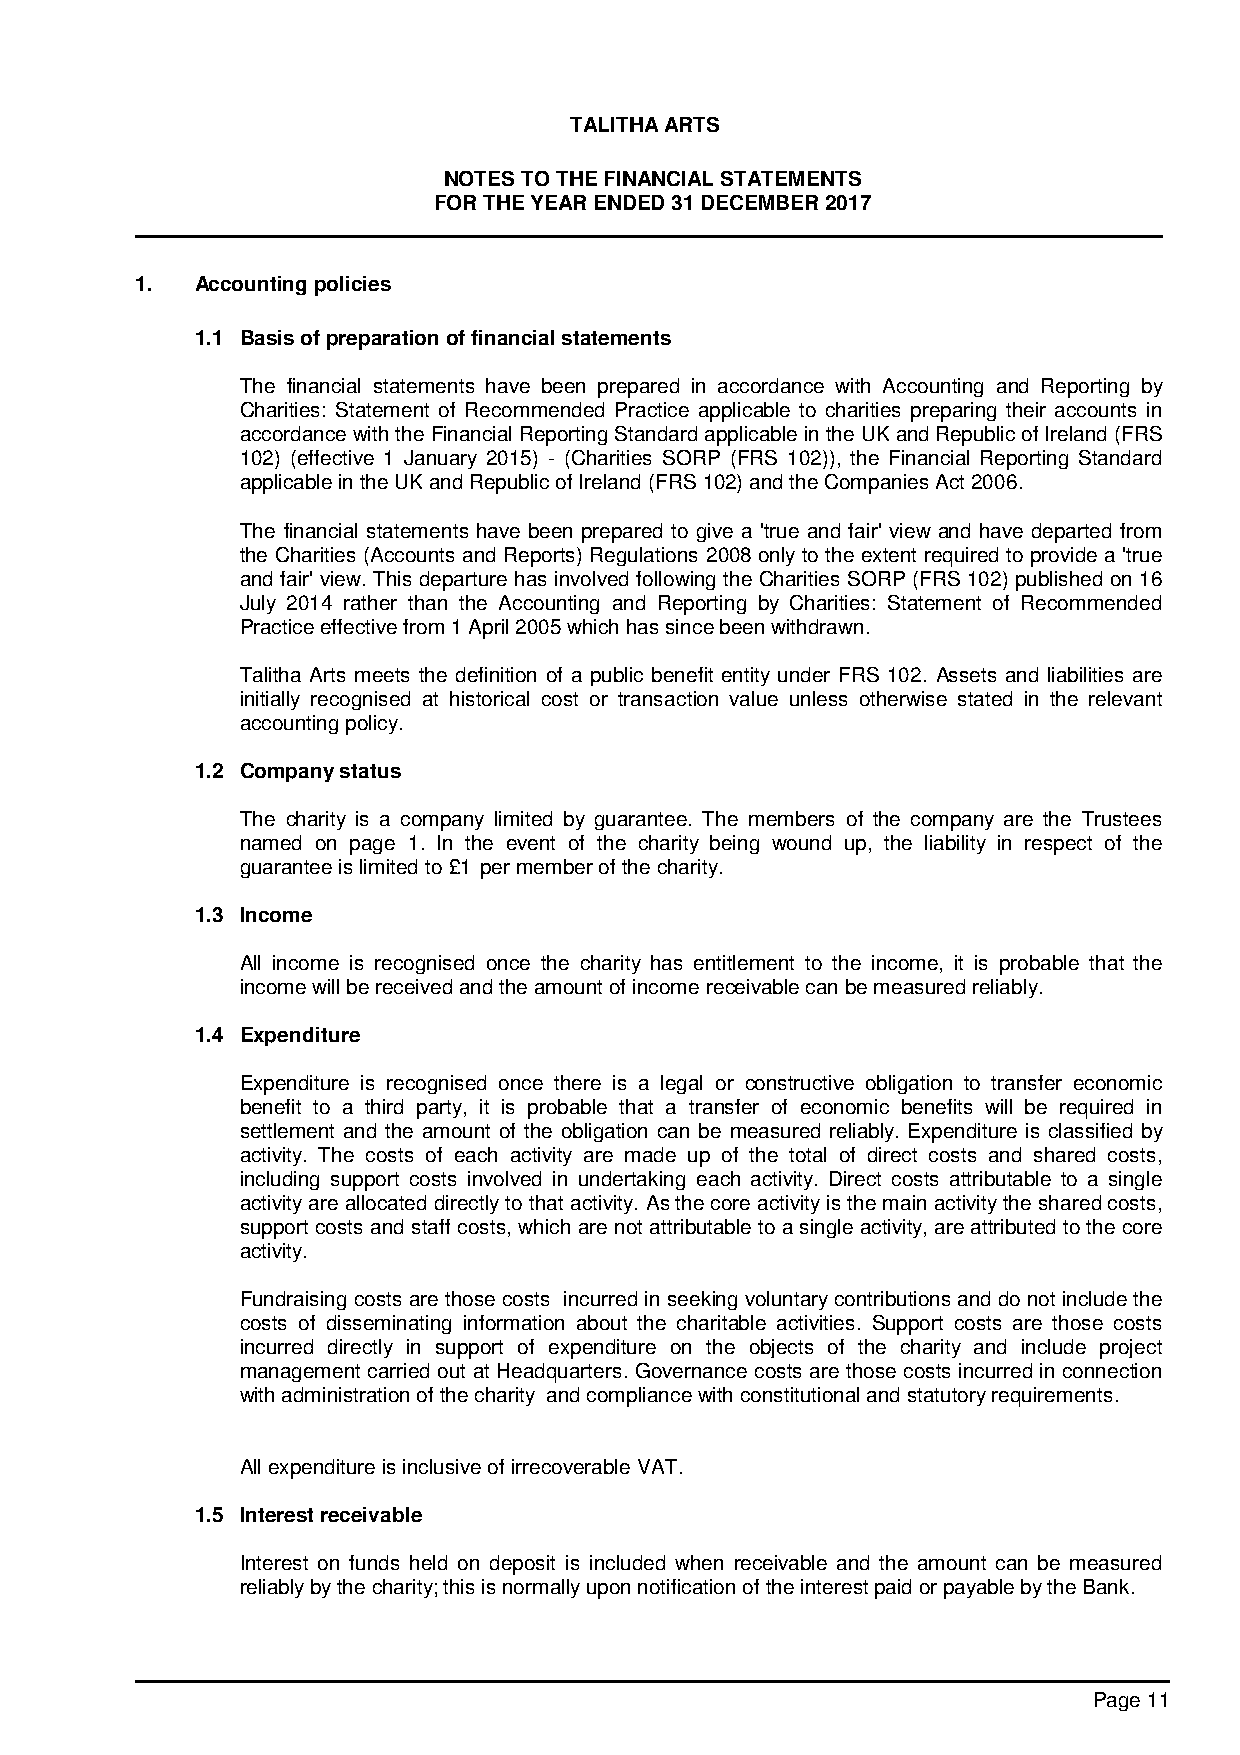
TALITHA ARTS
 NOTES TO THE FINANCIAL STATEMENTS
 FOR THE YEAR ENDED 31 DECEMBER 2017
 1.  Accounting policies
 1.1 Basis of preparation of financial statements
 The financial statements have been prepared in accordance with Accounting and Reporting by
 Charities: Statement of Recommended Practice applicable to charities preparing their accounts in
 accordance with the Financial Reporting Standard applicable in the UK and Republic of Ireland (FRS
 102) (effective 1 January 2015) - (Charities SORP (FRS 102)), the Financial Reporting Standard
 applicable in the UK and Republic of Ireland (FRS 102) and the Companies Act 2006.
 The financial statements have been prepared to give a 'true and fair' view and have departed from
 the Charities (Accounts and Reports) Regulations 2008 only to the extent required to provide a 'true
 and fair' view. This departure has involved following the Charities SORP (FRS 102) published on 16
 July 2014 rather than the Accounting and Reporting by Charities: Statement of Recommended
 Practice effective from 1 April 2005 which has since been withdrawn.
 Talitha Arts meets the definition of a public benefit entity under FRS 102. Assets and liabilities are
 initially recognised at historical cost or transaction value unless otherwise stated in the relevant
 accounting policy.
 1.2 Company status
 The charity is a company limited by guarantee. The members of the company are the Trustees
 named on page 1. In the event of the charity being wound up, the liability in respect of the
 guarantee is limited to £1 per member of the charity.
 1.3 Income
 All income is recognised once the charity has entitlement to the income, it is probable that the
 income will be received and the amount of income receivable can be measured reliably.
 1.4 Expenditure
 Expenditure is recognised once there is a legal or constructive obligation to transfer economic
 benefit to a third party, it is probable that a transfer of economic benefits will be required in
 settlement and the amount of the obligation can be measured reliably. Expenditure is classified by
 activity. The costs of each activity are made up of the total of direct costs and shared costs,
 including support costs involved in undertaking each activity. Direct costs attributable to a single
 activity are allocated directly to that activity. As the core activity is the main activity the shared costs,
 support costs and staff costs, which are not attributable to a single activity, are attributed to the core
 activity.
 Fundraising costs are those costs incurred in seeking voluntary contributions and do not include the
 costs of disseminating information about the charitable activities. Support costs are those costs
 incurred directly in support of expenditure on the objects of the charity and include project
 management carried out at Headquarters. Governance costs are those costs incurred in connection
 with administration of the charity and compliance with constitutional and statutory requirements.
 All expenditure is inclusive of irrecoverable VAT.
 1.5 Interest receivable
 Interest on funds held on deposit is included when receivable and the amount can be measured
 reliably by the charity; this is normally upon notification of the interest paid or payable by the Bank.
 Page 11